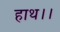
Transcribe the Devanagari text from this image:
हाथ।।